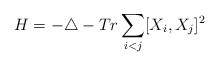
\begin{align*}H = - \triangle - Tr \sum_{i<j} [X_{i}, X_{j}]^2\end{align*}